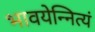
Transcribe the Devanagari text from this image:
भावयेन्नित्यं